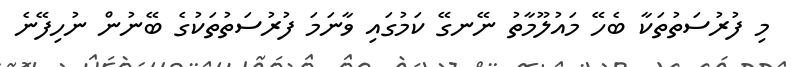
މި ފުރުސަތުތަކާ ބެހޭ މައުލޫމާތު ނޭނގޭ ކަމުގައި ވާނަމަ ފުރުސަތުތަކުގެ ބޭނުން ނުހިފޭނެ